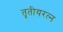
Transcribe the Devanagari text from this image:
तृतीयरत्‍न